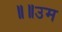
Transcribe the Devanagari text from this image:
॥॥उम